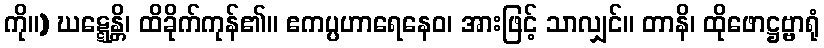
ကို။) ဃဋ္ဋေန္တိ၊ ထိခိုက်ကုန်၏။ ဧကပ္ပဟာရေနေဝ၊ အားဖြင့် သာလျှင်။ တာနိ၊ ထိုဖောဋ္ဌဗ္ဗာရုံ